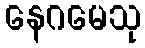
နေဂမေသု